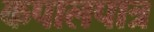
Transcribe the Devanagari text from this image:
कपालपात्र